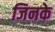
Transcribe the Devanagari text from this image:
जिनके